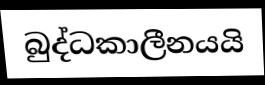
බුද්ධකාලීනයයි